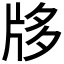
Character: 𤖻